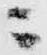
ニ